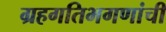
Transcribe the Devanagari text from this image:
ग्रहगतिभगणांची